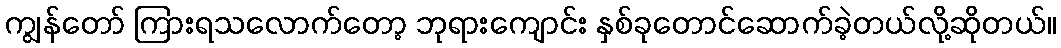
ကျွန်တော် ကြားရသလောက်တော့ ဘုရားကျောင်း နှစ်ခုတောင်ဆောက်ခဲ့တယ်လို့ဆိုတယ်။